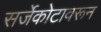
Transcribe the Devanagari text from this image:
सर्जेकोटावरून